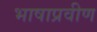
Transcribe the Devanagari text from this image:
भाषाप्रवीण